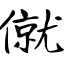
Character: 僦